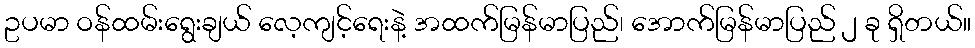
ဥပမာ ဝန်ထမ်းရွေးချယ် လေ့ကျင့်ရေးနဲ့ အထက်မြန်မာပြည်၊ အောက်မြန်မာပြည် ၂ ခု ရှိတယ်။